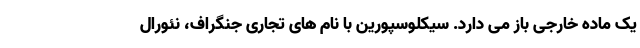
یک ماده خارجی باز می دارد. سیکلوسپورین با نام های تجاری جنگراف، نئورال